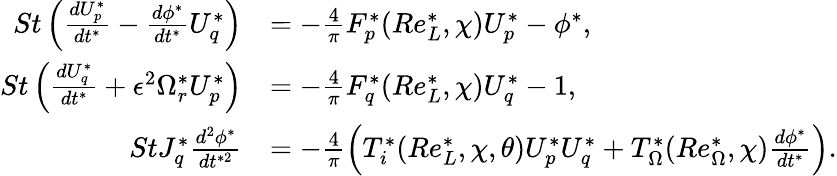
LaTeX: \begin{array}{rl}{St\left(\frac{dU_{p}^{*}}{dt^{*}}-\frac{d\phi^{*}}{dt^{*}}U_{q}^{*}\right)}&{=-\frac{4}{\pi}F_{p}^{*}(Re_{L}^{*},\chi)U_{p}^{*}-\phi^{*},}\\ {St\left(\frac{dU_{q}^{*}}{dt^{*}}+\epsilon^{2}\Omega_{r}^{*}U_{p}^{*}\right)}&{=-\frac{4}{\pi}F_{q}^{*}(Re_{L}^{*},\chi)U_{q}^{*}-1,}\\ {StJ_{q}^{*}\frac{d^{2}\phi^{*}}{dt^{*2}}}&{=-\frac{4}{\pi}\left(T_{i}^{*}(Re_{L}^{*},\chi,\theta)U_{p}^{*}U_{q}^{*}+T_{\Omega}^{*}(Re_{\Omega}^{*},\chi)\frac{d\phi^{*}}{dt^{*}}\right).}\end{array}